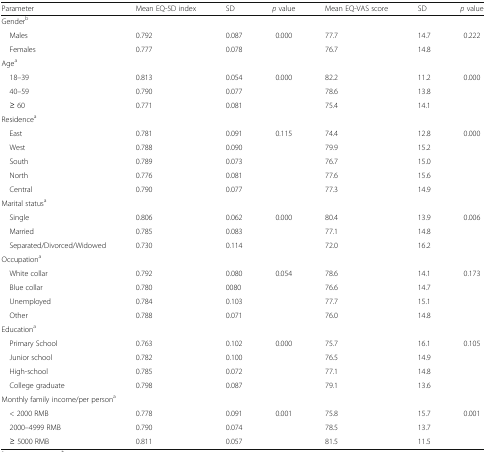
<table><thead><tr><td><b>Parameter</b></td><td><b>Mean EQ-5D index</b></td><td><b>SD</b></td><td><b><i>p</i> value</b></td><td><b>Mean EQ-VAS score</b></td><td><b>SD</b></td><td><b><i>p</i> value</b></td></tr></thead><tbody><tr><td colspan="7">Gender<sup>b</sup></td></tr><tr><td> Males</td><td>0.792</td><td>0.087</td><td>0.000</td><td>77.7</td><td>14.7</td><td>0.222</td></tr><tr><td> Females</td><td>0.777</td><td>0.078</td><td></td><td>76.7</td><td>14.8</td><td></td></tr><tr><td colspan="7">Age<sup>a</sup></td></tr><tr><td> 18–39</td><td>0.813</td><td>0.054</td><td>0.000</td><td>82.2</td><td>11.2</td><td>0.000</td></tr><tr><td> 40–59</td><td>0.790</td><td>0.077</td><td></td><td>78.6</td><td>13.8</td><td></td></tr><tr><td> ≥ 60</td><td>0.771</td><td>0.081</td><td></td><td>75.4</td><td>14.1</td><td></td></tr><tr><td colspan="7">Residence<sup>a</sup></td></tr><tr><td> East</td><td>0.781</td><td>0.091</td><td>0.115</td><td>74.4</td><td>12.8</td><td>0.000</td></tr><tr><td> West</td><td>0.788</td><td>0.090</td><td></td><td>79.9</td><td>15.2</td><td></td></tr><tr><td> South</td><td>0.789</td><td>0.073</td><td></td><td>76.7</td><td>15.0</td><td></td></tr><tr><td> North</td><td>0.776</td><td>0.081</td><td></td><td>77.6</td><td>15.6</td><td></td></tr><tr><td> Central</td><td>0.790</td><td>0.077</td><td></td><td>77.3</td><td>14.9</td><td></td></tr><tr><td colspan="7">Marital status<sup>a</sup></td></tr><tr><td> Single</td><td>0.806</td><td>0.062</td><td>0.000</td><td>80.4</td><td>13.9</td><td>0.006</td></tr><tr><td> Married</td><td>0.785</td><td>0.083</td><td></td><td>77.1</td><td>14.8</td><td></td></tr><tr><td> Separated/Divorced/Widowed</td><td>0.730</td><td>0.114</td><td></td><td>72.0</td><td>16.2</td><td></td></tr><tr><td colspan="7">Occupation<sup>a</sup></td></tr><tr><td> White collar</td><td>0.792</td><td>0.080</td><td>0.054</td><td>78.6</td><td>14.1</td><td>0.173</td></tr><tr><td> Blue collar</td><td>0.780</td><td>0080</td><td></td><td>76.6</td><td>14.7</td><td></td></tr><tr><td> Unemployed</td><td>0.784</td><td>0.103</td><td></td><td>77.7</td><td>15.1</td><td></td></tr><tr><td> Other</td><td>0.788</td><td>0.071</td><td></td><td>76.0</td><td>14.8</td><td></td></tr><tr><td colspan="7">Education<sup>a</sup></td></tr><tr><td> Primary School</td><td>0.763</td><td>0.102</td><td>0.000</td><td>75.7</td><td>16.1</td><td>0.105</td></tr><tr><td> Junior school</td><td>0.782</td><td>0.100</td><td></td><td>76.5</td><td>14.9</td><td></td></tr><tr><td> High-school</td><td>0.785</td><td>0.072</td><td></td><td>77.1</td><td>14.8</td><td></td></tr><tr><td> College graduate</td><td>0.798</td><td>0.087</td><td></td><td>79.1</td><td>13.6</td><td></td></tr><tr><td colspan="7">Monthly family income/per person<sup>a</sup></td></tr><tr><td> &lt; 2000 RMB</td><td>0.778</td><td>0.091</td><td>0.001</td><td>75.8</td><td>15.7</td><td>0.001</td></tr><tr><td> 2000–4999 RMB</td><td>0.790</td><td>0.074</td><td></td><td>78.5</td><td>13.7</td><td></td></tr><tr><td> ≥ 5000 RMB</td><td>0.811</td><td>0.057</td><td></td><td>81.5</td><td>11.5</td><td></td></tr></tbody></table>